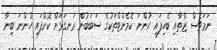
ނަމަވެސް ޒާތާއި ބެހިފައި ހުންނަ ކޮމެންޓްތަކުގެ ސަބަބުން ރަނގަޅަށް ކޮށްފައި ހުންނަ ބިނާ